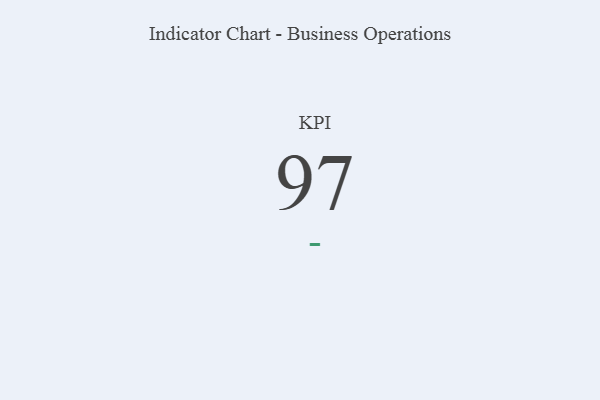
{"axis": {"x": "KPI", "y": "Value"}, "legend": [""], "data": [{"x": "KPI", "y": 97, "type": ""}]}